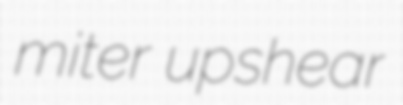
miter upshear